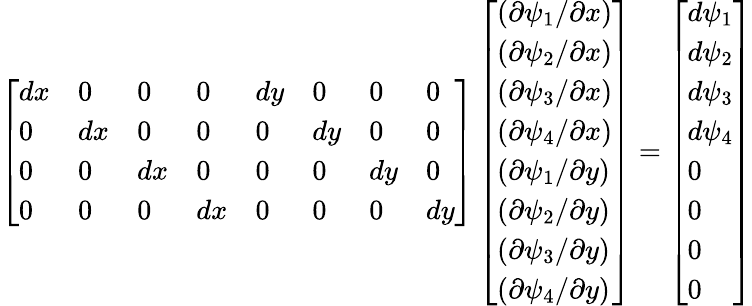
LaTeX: \left[\begin{array}{llllllll}{dx}&{0}&{0}&{0}&{dy}&{0}&{0}&{0}\\ {0}&{dx}&{0}&{0}&{0}&{dy}&{0}&{0}\\ {0}&{0}&{dx}&{0}&{0}&{0}&{dy}&{0}\\ {0}&{0}&{0}&{dx}&{0}&{0}&{0}&{dy}\end{array}\right]\left[\begin{array}{l}{(\partial\psi_{1}/\partial x)}\\ {(\partial\psi_{2}/\partial x)}\\ {(\partial\psi_{3}/\partial x)}\\ {(\partial\psi_{4}/\partial x)}\\ {(\partial\psi_{1}/\partial y)}\\ {(\partial\psi_{2}/\partial y)}\\ {(\partial\psi_{3}/\partial y)}\\ {(\partial\psi_{4}/\partial y)}\end{array}\right]=\left[\begin{array}{l}{d\psi_{1}}\\ {d\psi_{2}}\\ {d\psi_{3}}\\ {d\psi_{4}}\\ {0}\\ {0}\\ {0}\\ {0}\end{array}\right]